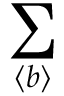
\sum _ { \langle b \rangle }